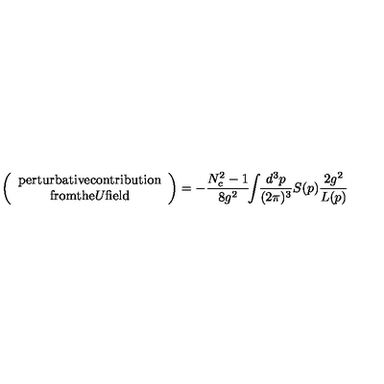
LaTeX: \left( \begin{array} { c } { \mathrm { p e r t u r b a t i v e c o n t r i b u t i o n } } \\ { \mathrm { f r o m t h e } U \mathrm { f i e l d } } \\ \end{array} \right) = - \frac { N _ { c } ^ { 2 } - 1 } { 8 g ^ { 2 } } \! \! \int \! \! \frac { d ^ { 3 } p } { ( 2 \pi ) ^ { 3 } } S ( p ) \frac { 2 g ^ { 2 } } { L ( p ) }